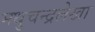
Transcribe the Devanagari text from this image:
मधुचन्द्रलेखा